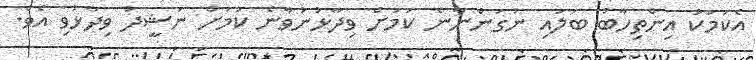
އެކަމަކު އިންތިހާބު ބަލައި ނުގަންނާނެ ކަމަށް ވިދާޅުނުވާނެ ކަމަށް ނަޝީދު ވިދާޅުވި އެވެ.